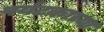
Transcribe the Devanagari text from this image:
पर्यटकाच्या